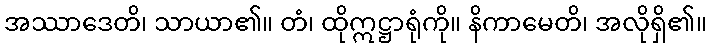
အဿာဒေတိ၊ သာယာ၏။ တံ၊ ထိုဣဋ္ဌာရုံကို။ နိကာမေတိ၊ အလိုရှိ၏။